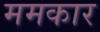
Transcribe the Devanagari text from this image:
ममकार